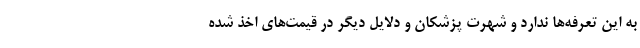
به این تعرفه‌ها ندارد و شهرت پزشکان و دلایل دیگر در قیمت‌های اخذ شده